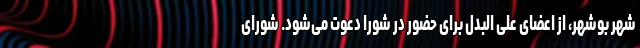
شهر بوشهر، از اعضای علی البدل برای حضور در شورا دعوت می‌شود. شورای